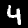
Label: 4